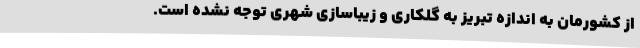
از کشورمان به اندازه تبریز به گلکاری و زیباسازی شهری توجه نشده است.